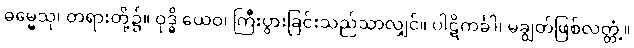
ဓမ္မေသု၊ တရားတို့၌။ ဝုဒ္ဓိ ယေဝ၊ ကြီးပွားခြင်းသည်သာလျှင်။ ပါဋိကင်္ခါ၊ မချွတ်ဖြစ်လတ္တံ့။